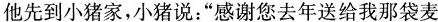
他先到小猪家，小猪说：“感谢您去年送给我那袋麦